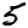
Digit: 5